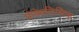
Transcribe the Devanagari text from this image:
प्रोबेबलिस्टिक